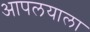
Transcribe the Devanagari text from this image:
आपलयाला